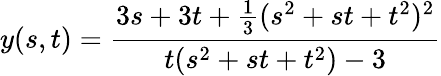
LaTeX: y(s,t)={\frac{3s+3t+{\frac{1}{3}}(s^{2}+st+t^{2})^{2}}{t(s^{2}+st+t^{2})-3}}